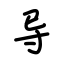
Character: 导